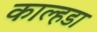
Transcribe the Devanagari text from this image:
काल्हडा